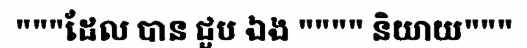
"""ដែល បាន ជួប ឯង """" និយាយ"""